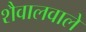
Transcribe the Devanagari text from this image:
शैवालवाले